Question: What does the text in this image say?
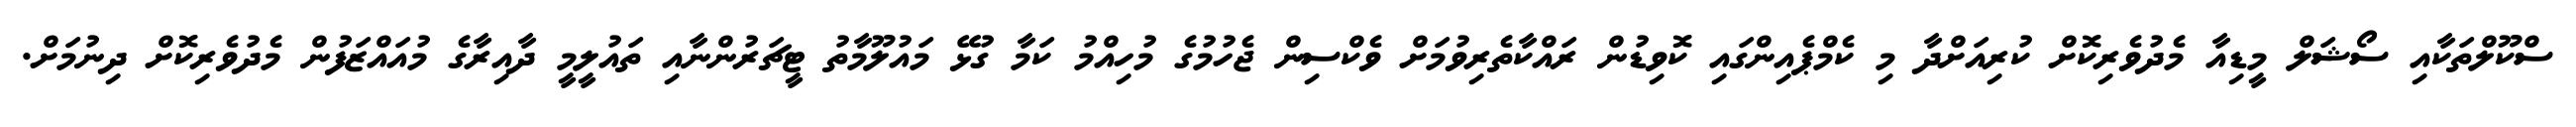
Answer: ސްކޫލްތަކާއި ސޯޝަލް މީޑިއާ މެދުވެރިކޮށް ކުރިއަށްދާ މި ކެމްޕެއިންގައި ކޮވިޑުން ރައްކާތެރިވުމަށް ވެކްސިން ޖެހުމުގެ މުހިއްމު ކަމާ ގުޅޭ މައުލޫމާތު ޓީޗަރުންނާއި ތައުލީމީ ދާއިރާގެ މުއައްޒަފުން މެދުވެރިކޮށް ދިނުމަށް.